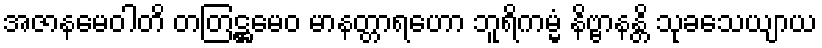
အဇာနမေဝါတိ တတြဋ္ဌမေဝ မာနတ္တာရဟော ဘူရိကမ္မံ နိဗ္ဗာနန္တိ သုခသေယျာယ